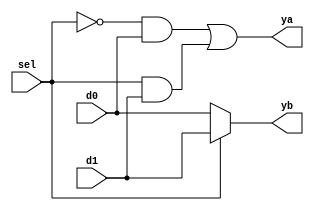
module mux2(
    input d0,d1,sel,
    output ya,yb
    );
    
    assign ya = (~sel&d0)|(sel&d1);
    assign yb = (sel==0)?d0:d1;
    
endmodule